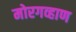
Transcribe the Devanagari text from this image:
मोरगव्हाण